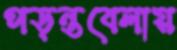
পড়ন্তবেলায়